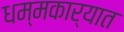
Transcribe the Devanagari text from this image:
धम्मकार्यात